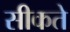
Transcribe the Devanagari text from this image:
सीकते